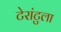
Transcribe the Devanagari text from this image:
टेरांटुला